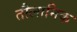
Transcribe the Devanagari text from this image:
तौलानिक